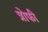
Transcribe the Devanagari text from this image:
त्रोफी